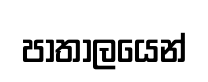
පාතාලයෙන්